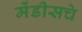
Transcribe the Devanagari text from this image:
मेंडीसचे